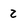
Character: 2